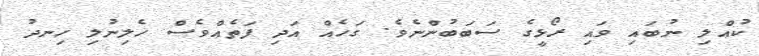
ކުއްލި ނުބައި ވައި ރޯޅީގެ ސަބަބުންނެވެ. ގަހެއް އަދި ފަތެއްވެސް ހެލިނުލި ހިނދު